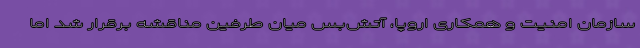
سازمان امنیت و همکاری اروپا، آتش‌بس میان طرفین مناقشه برقرار شد اما